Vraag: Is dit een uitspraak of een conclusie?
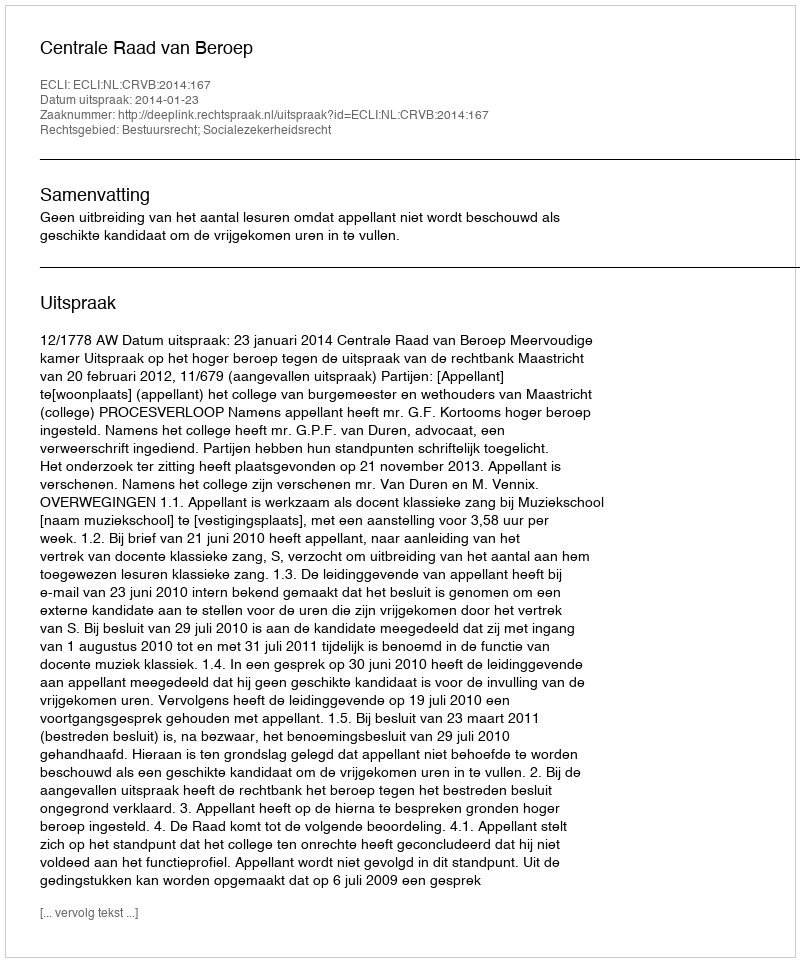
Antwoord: Uitspraak